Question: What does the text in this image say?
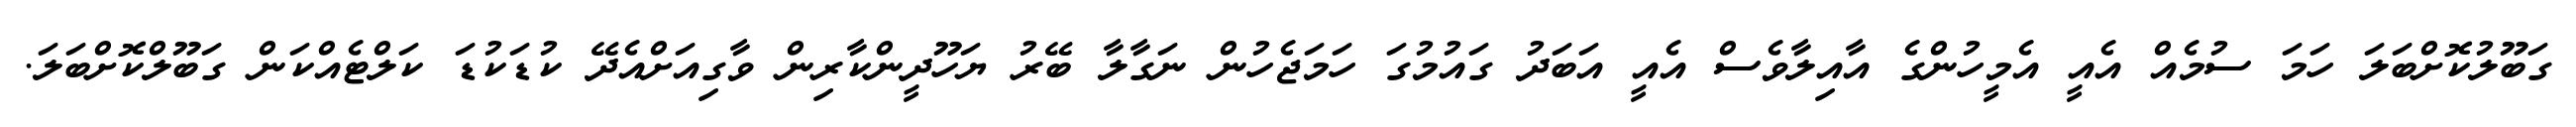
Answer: ގަބޫލުކޮށްބަލަ ހަމަ ސުމެއް އެއީ އެމީހުންގެ އާއިލާވެސް އެއީ އަބަދު ގައުމުގަ ހަމަޖެހުން ނަގާލާ ބޭރު ޔަހޫދީންކާރިން ވާގިއަށްއެދޭ ކުޑަކުޑަ ކަލްޓެއްކަން ގަބޫލްކޮށްބަލަ.